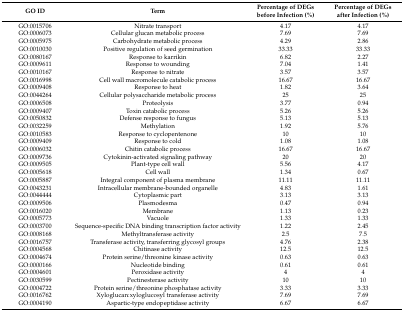
<table><thead><tr><td><b>GO ID</b></td><td><b>Term</b></td><td><b>Percentage of DEGs before Infection (%)</b></td><td><b>Percentage of DEGs after Infection (%)</b></td></tr></thead><tbody><tr><td>GO:0015706</td><td>Nitrate transport</td><td>4.17</td><td>4.17</td></tr><tr><td>GO:0006073</td><td>Cellular glucan metabolic process</td><td>7.69</td><td>7.69</td></tr><tr><td>GO:0005975</td><td>Carbohydrate metabolic process</td><td>4.29</td><td>2.86</td></tr><tr><td>GO:0010030</td><td>Positive regulation of seed germination</td><td>33.33</td><td>33.33</td></tr><tr><td>GO:0080167</td><td>Response to karrikin</td><td>6.82</td><td>2.27</td></tr><tr><td>GO:0009611</td><td>Response to wounding</td><td>7.04</td><td>1.41</td></tr><tr><td>GO:0010167</td><td>Response to nitrate</td><td>3.57</td><td>3.57</td></tr><tr><td>GO:0016998</td><td>Cell wall macromolecule catabolic process</td><td>16.67</td><td>16.67</td></tr><tr><td>GO:0009408</td><td>Response to heat</td><td>1.82</td><td>3.64</td></tr><tr><td>GO:0044264</td><td>Cellular polysaccharide metabolic process</td><td>25</td><td>25</td></tr><tr><td>GO:0006508</td><td>Proteolysis</td><td>3.77</td><td>0.94</td></tr><tr><td>GO:0009407</td><td>Toxin catabolic process</td><td>5.26</td><td>5.26</td></tr><tr><td>GO:0050832</td><td>Defense response to fungus</td><td>5.13</td><td>5.13</td></tr><tr><td>GO:0032259</td><td>Methylation</td><td>1.92</td><td>5.76</td></tr><tr><td>GO:0010583</td><td>Response to cyclopentenone</td><td>10</td><td>10</td></tr><tr><td>GO:0009409</td><td>Response to cold</td><td>1.08</td><td>1.08</td></tr><tr><td>GO:0006032</td><td>Chitin catabolic process</td><td>16.67</td><td>16.67</td></tr><tr><td>GO:0009736</td><td>Cytokinin-activated signaling pathway</td><td>20</td><td>20</td></tr><tr><td>GO:0009505</td><td>Plant-type cell wall</td><td>5.56</td><td>4.17</td></tr><tr><td>GO:0005618</td><td>Cell wall</td><td>1.34</td><td>0.67</td></tr><tr><td>GO:0005887</td><td>Integral component of plasma membrane</td><td>11.11</td><td>11.11</td></tr><tr><td>GO:0043231</td><td>Intracellular membrane-bounded organelle</td><td>4.83</td><td>1.61</td></tr><tr><td>GO:0044444</td><td>Cytoplasmic part</td><td>3.13</td><td>3.13</td></tr><tr><td>GO:0009506</td><td>Plasmodesma</td><td>0.47</td><td>0.94</td></tr><tr><td>GO:0016020</td><td>Membrane</td><td>1.13</td><td>0.23</td></tr><tr><td>GO:0005773</td><td>Vacuole</td><td>1.33</td><td>1.33</td></tr><tr><td>GO:0003700</td><td>Sequence-specific DNA binding transcription factor activity</td><td>1.22</td><td>2.45</td></tr><tr><td>GO:0008168</td><td>Methyltransferase activity</td><td>2.5</td><td>7.5</td></tr><tr><td>GO:0016757</td><td>Transferase activity, transferring glycosyl groups</td><td>4.76</td><td>2.38</td></tr><tr><td>GO:0004568</td><td>Chitinase activity</td><td>12.5</td><td>12.5</td></tr><tr><td>GO:0004674</td><td>Protein serine/threonine kinase activity</td><td>0.63</td><td>0.63</td></tr><tr><td>GO:0000166</td><td>Nucleotide binding</td><td>0.61</td><td>0.61</td></tr><tr><td>GO:0004601</td><td>Peroxidase activity</td><td>4</td><td>4</td></tr><tr><td>GO:0030599</td><td>Pectinesterase activity</td><td>10</td><td>10</td></tr><tr><td>GO:0004722</td><td>Protein serine/threonine phosphatase activity</td><td>3.33</td><td>3.33</td></tr><tr><td>GO:0016762</td><td>Xyloglucan:xyloglucosyl transferase activity</td><td>7.69</td><td>7.69</td></tr><tr><td>GO:0004190</td><td>Aspartic-type endopeptidase activity</td><td>6.67</td><td>6.67</td></tr></tbody></table>